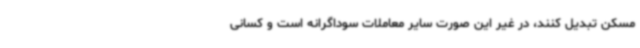
مسکن تبدیل کنند، در غیر این صورت سایر معاملات سوداگرانه است و کسانی